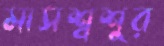
মাসশ্বশুর